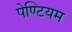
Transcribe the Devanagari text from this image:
पेण्टियम